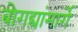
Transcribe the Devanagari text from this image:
बोगद्यांमार्गे